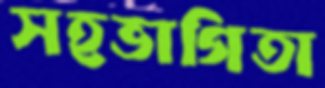
সহভাগিতা